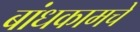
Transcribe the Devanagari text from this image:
बांधकामचे